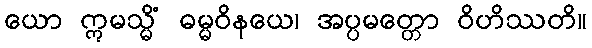
ယော ဣမသ္မိံ ဓမ္မဝိနယေ၊ အပ္ပမတ္တော ဝိဟိဿတိ။